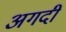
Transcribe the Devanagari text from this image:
अगदीं